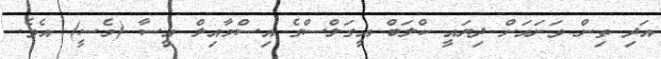
އަދި ތިން ވަނައަށް ދިޔައީ ކްލަބް އީގަލްސްގެ އިސްމާއިލް އީސާ (މެސީ) އެވެ.